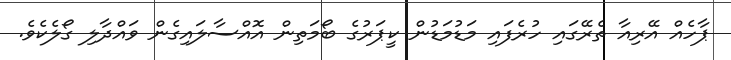
ޕާހެއް އޭރިއާ ތެރޭގައި ހުރެފައި މަޑުމަޑުން ކީޕަރުގެ ބޯމަތިން އޮއްސާލައިގެން ވައްދާލި ގޯލެކެވެ.